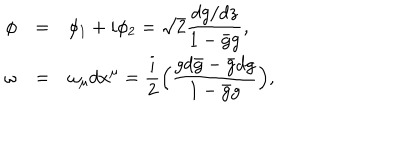
\begin{array} { r c l } { { \phi } } & { { = } } & { { \displaystyle \phi _ { 1 } + i \phi _ { 2 } = \sqrt { 2 } \frac { d g / d z } { 1 - \bar { g } g } , } } \\ { { \omega } } & { { = } } & { { \displaystyle \omega _ { \mu } d x ^ { \mu } = \frac { i } { 2 } \Big ( \frac { g d \bar { g } - \bar { g } d g } { 1 - \bar { g } g } \Big ) , } } \\ \end{array}